Civil Veterinary Department. Central Provinces & Berar 1932-41 - 1932-1941
Year: 1932
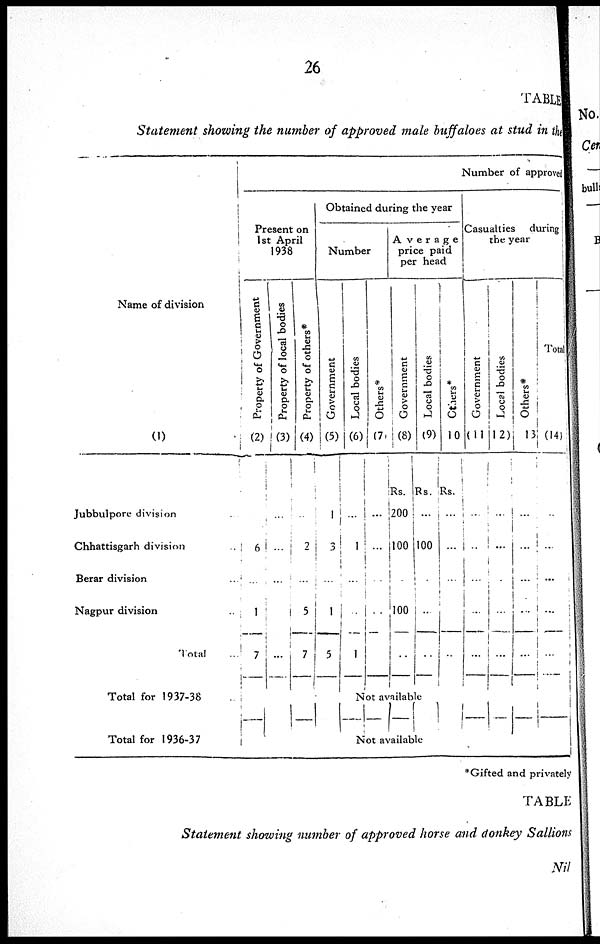
26
TABLE
Statement showing the number of approved male buffaloes at stud in the
Name of division
(1)
Jubbulpore division
Chhattisgarh division ...
Berar division ..
Nagpur division ..
Total ...
Total for 1937-38 ..
Total for 1936-37
Number of approved
Present on
1st April
1938
Property of Government
(2)
6
...
1
7
Property of local bodies
(3)
...
...
...
1
...
Property of others*
(4)
..
2
...
5
7
Obtained during the year
Number
Government
(5)
1
3
...
1
5
Local bodies
(6)
...
1
...
..
1
Others*
(7)
...
...
...
..
Average
price paid
per head
Government
(8)
Rs.
200
100
.
100
..
Local bodies
(9)
Rs.
...
100
.
..
..
Not available
Not available
Others*
10
Rs.
...
...
...
..
Casualties during
the year
Government
(11
...
..
...
...
...
Local bodies
(12)
...
...
.
...
...
Others*
13
...
...
...
...
...
Total
(14)
..
...
...
...
...
*Gifted and privately
TABLE
Statement showing number of approved horse and donkey Sallions
Nil